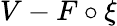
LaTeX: V-F\circ\xi